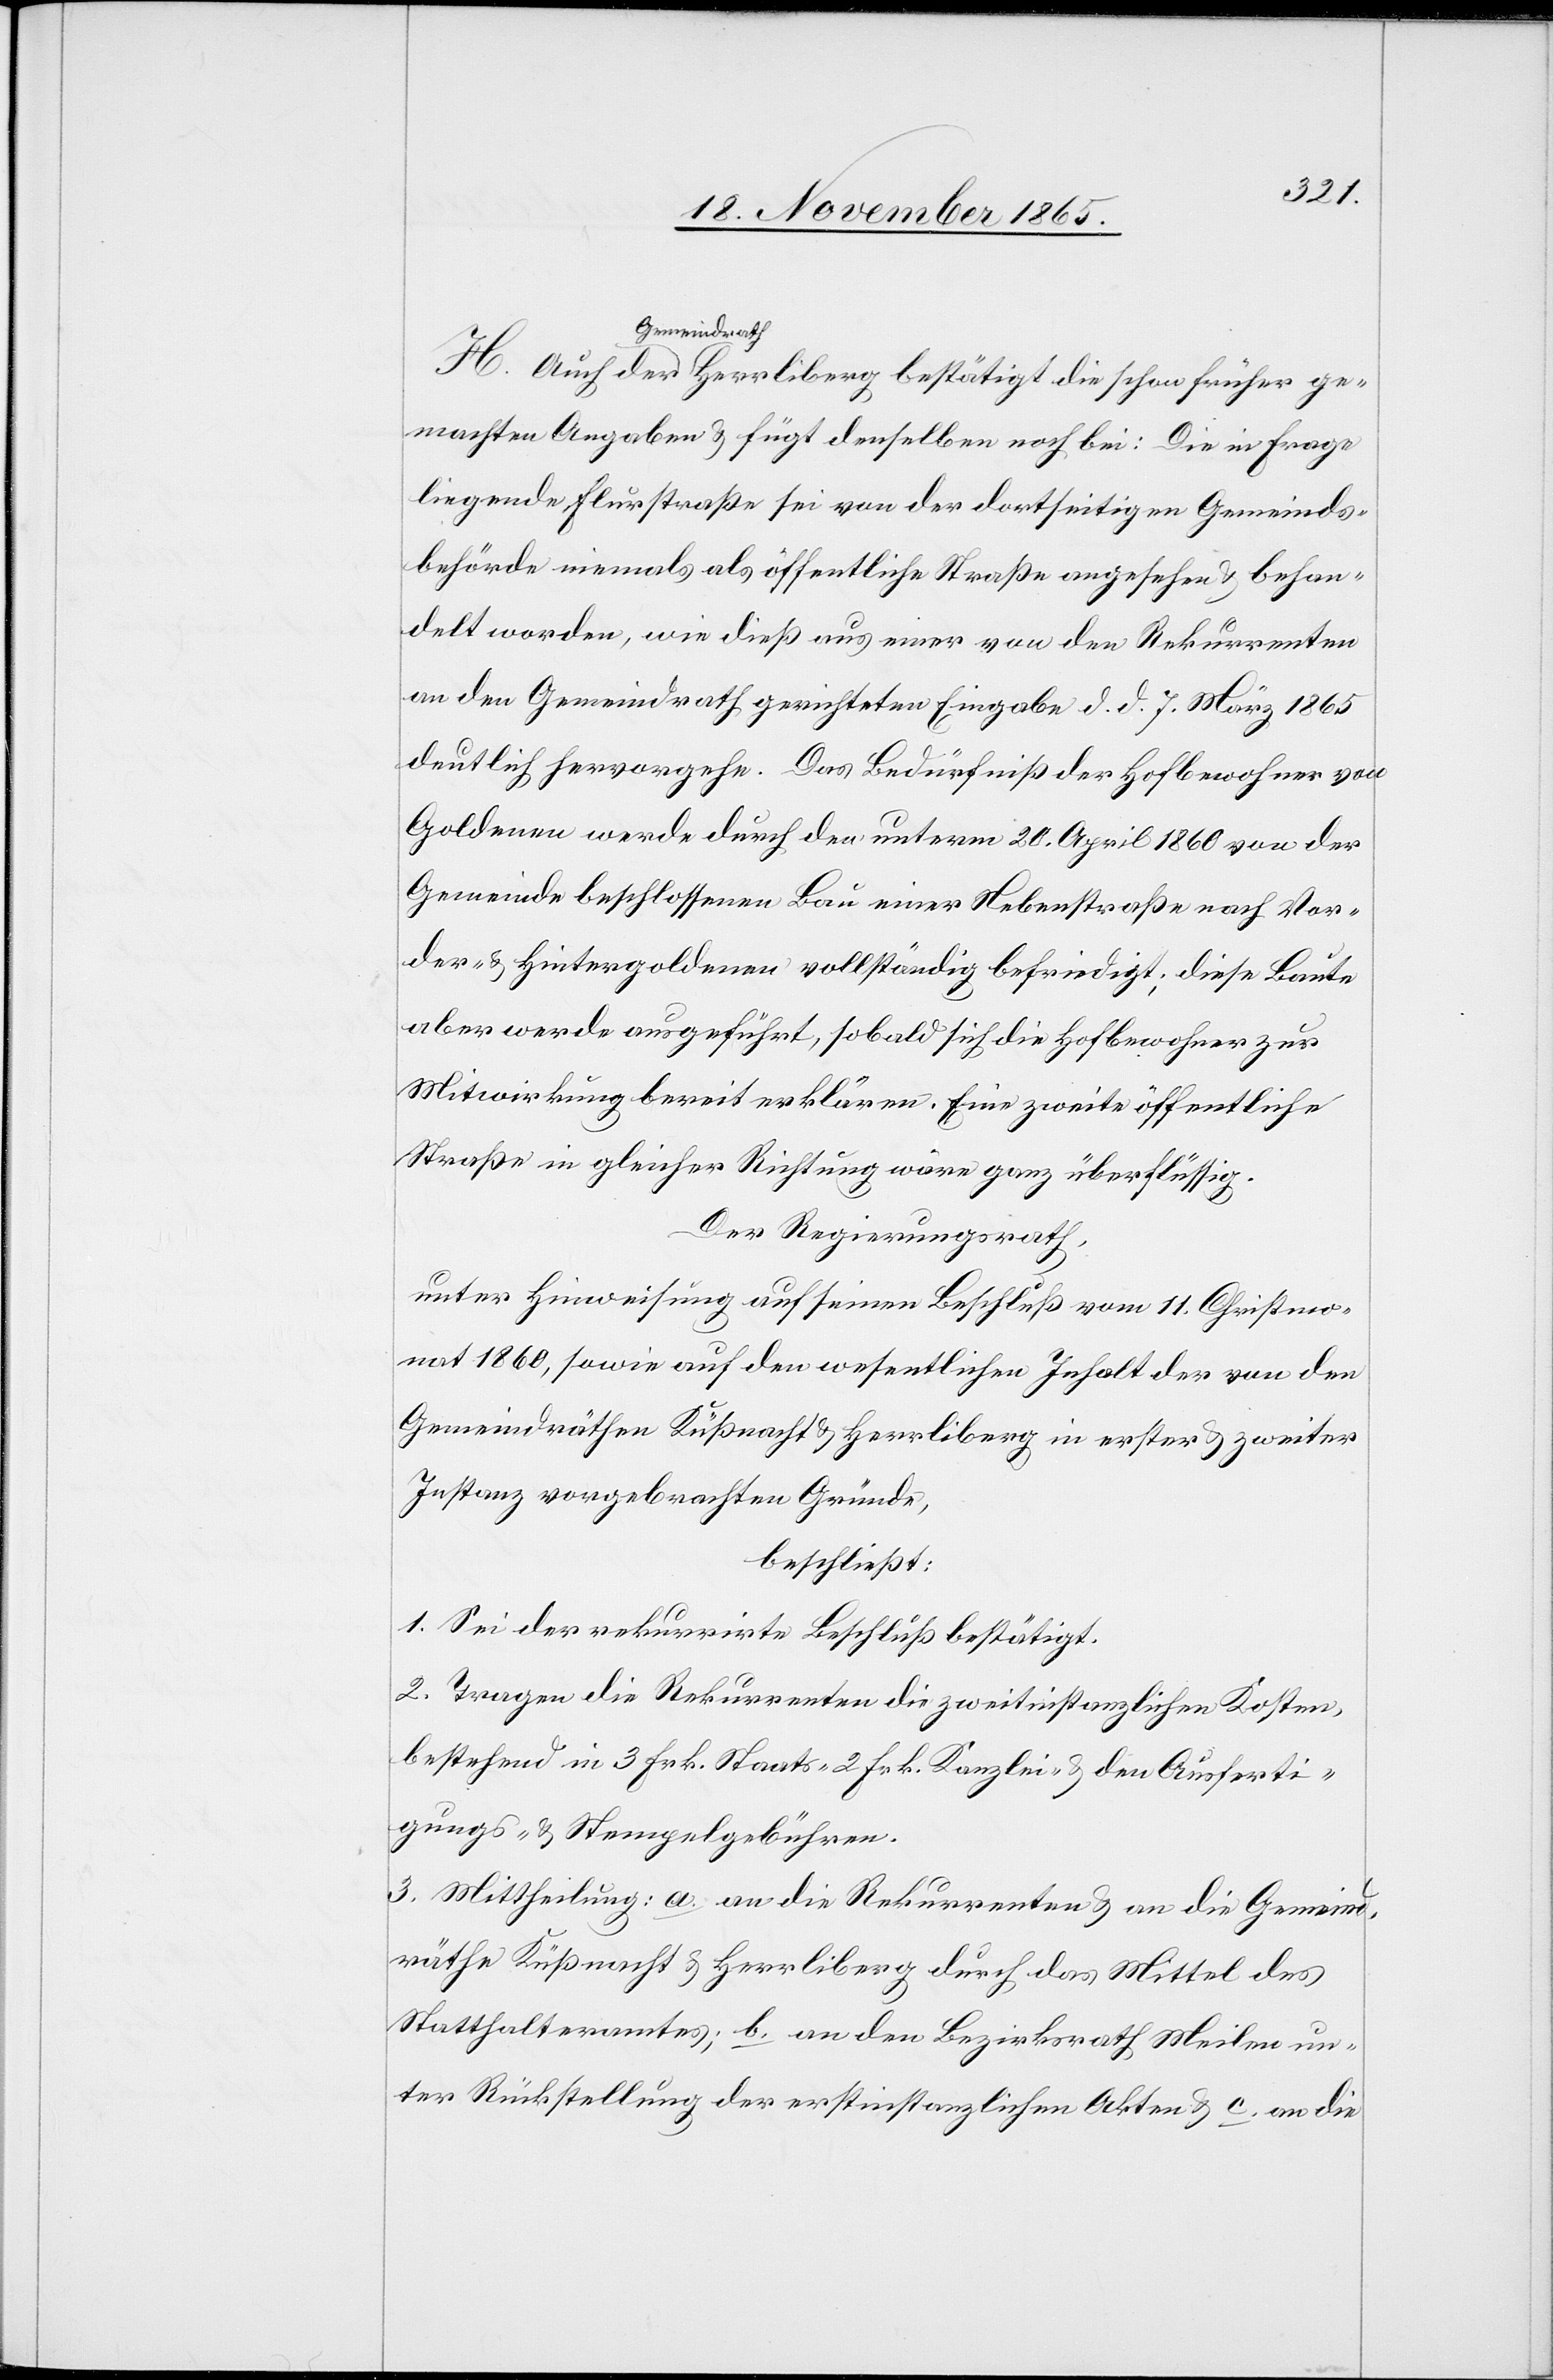
ge¬
a-Gemeindrath-a
machten Angaben & fügt denselben noch bei: Die in Frage
liegende Flurstraße sei von der dortseitigen Gemeinds¬
behörde niemals als öffentliche Straße angesehen & behan¬
delt worden, wie dieß aus einer von den Rekurrenten
an den Gemeindrath gerichteten Eingabe d. d. 7. März 1865
deutlich hervorgehe. Das Bedürfniß der Hofbewohner von
Goldenen werde durch den unterm 20. April 1860 von der
Gemeinde beschlossenen Bau einer Nebenstraße nach Vor¬
der- & Hintergoldenen vollständig befriedigt; diese Baute
aber werde ausgeführt, sobald sich die Hofbewohner zur
Mitwirkung bereit erklären. Eine zweite öffentliche
Straße in gleicher Richtung wäre ganz überflüssig.
Der Regierungsrath,
unter Hinweisung auf seinen Beschluß vom 11. Christmo¬
nat 1860, sowie auf den wesentlichen Inhalt der von den
Gemeindräthen Küßnacht & Herrliberg in erster & zweiter
Instanz vorgebrachten Gründe,
beschließt:
1. Sei der rekurrirte Beschluß bestätigt.
2. Tragen die Rekurrenten die zweitinstanzlichen Kosten,
bestehend in 3 Frk. Staats- 2 Frk. Kanzlei- & den Ausferti¬
gungs- & Stempelgebühren.
3. Mittheilung: a. an die Rekurrenten & an die Gemeind¬
räthe Küßnacht & Herrliberg durch das Mittel des
Statthalteramtes; b. an den Bezirksrath Meilen un¬
ter Rückstellung der erstinstanzlichen Akten & c. an die